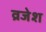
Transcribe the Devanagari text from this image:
व्रजेश